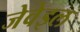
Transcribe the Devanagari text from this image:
जेवेइल